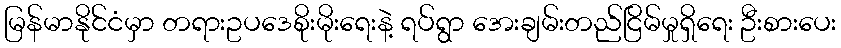
မြန်မာနိုင်ငံမှာ တရားဥပဒေစိုးမိုးရေးနဲ့ ရပ်ရွာ အေးချမ်းတည်ငြိမ်မှုရှိရေး ဦးစားပေး